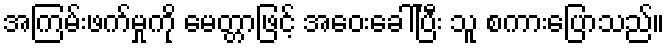
အကြမ်းဖက်မှုကို မေတ္တာဖြင့် အေဝးခေါ်ပြီး သူ စကားပြောသည်။